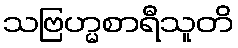
သဗြဟ္မစာရီသူတိ